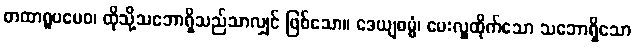
တထာရူပမေဝ၊ ထိုသို့သဘောရှိသည်သာလျှင် ဖြစ်သော။ ဒေယျဓမ္မံ၊ မေးလှူထိုက်သော သဘောရှိသော